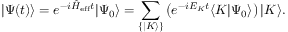
| \Psi ( t ) \rangle = e ^ { - i \hat { H } _ { \mathrm { e f f } } t } | \Psi _ { 0 } \rangle = \sum _ { \{ | K \rangle \} } \left( e ^ { - i E _ { K } t } \langle K | \Psi _ { 0 } \rangle \right) | K \rangle .